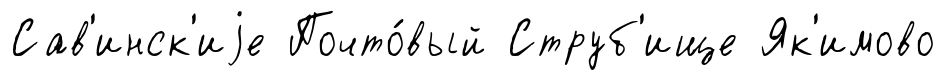
Сав'инск'иjе Почто́вый Струб'ище Як'имово